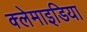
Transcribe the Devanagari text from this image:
क्लेमाइडिया